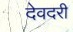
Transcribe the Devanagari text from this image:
देवदरी